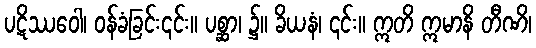
ပဋိဿဝေါ၊ ဝန်ခံခြင်း၎င်း။ ပစ္ဆာ၊ ၌။ ခိယနံ၊ ၎င်း။ ဣတိ ဣမာနိ တီဏိ၊